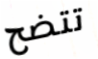
تتضح